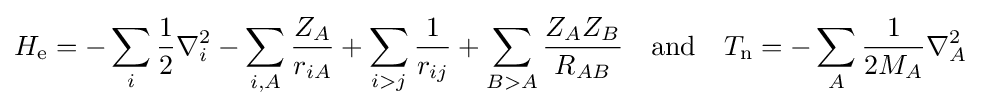
H_{\text{e}}=-\sum _{i}{{\frac {1}{2}}\nabla _{i}^{2}}-\sum _{i,A}{\frac {Z_{A}}{r_{iA}}}+\sum _{i>j}{\frac {1}{r_{ij}}}+\sum _{B>A}{\frac {Z_{A}Z_{B}}{R_{AB}}}\quad {\text{and}}\quad T_{\text{n}}=-\sum _{A}{{\frac {1}{2M_{A}}}\nabla _{A}^{2}}